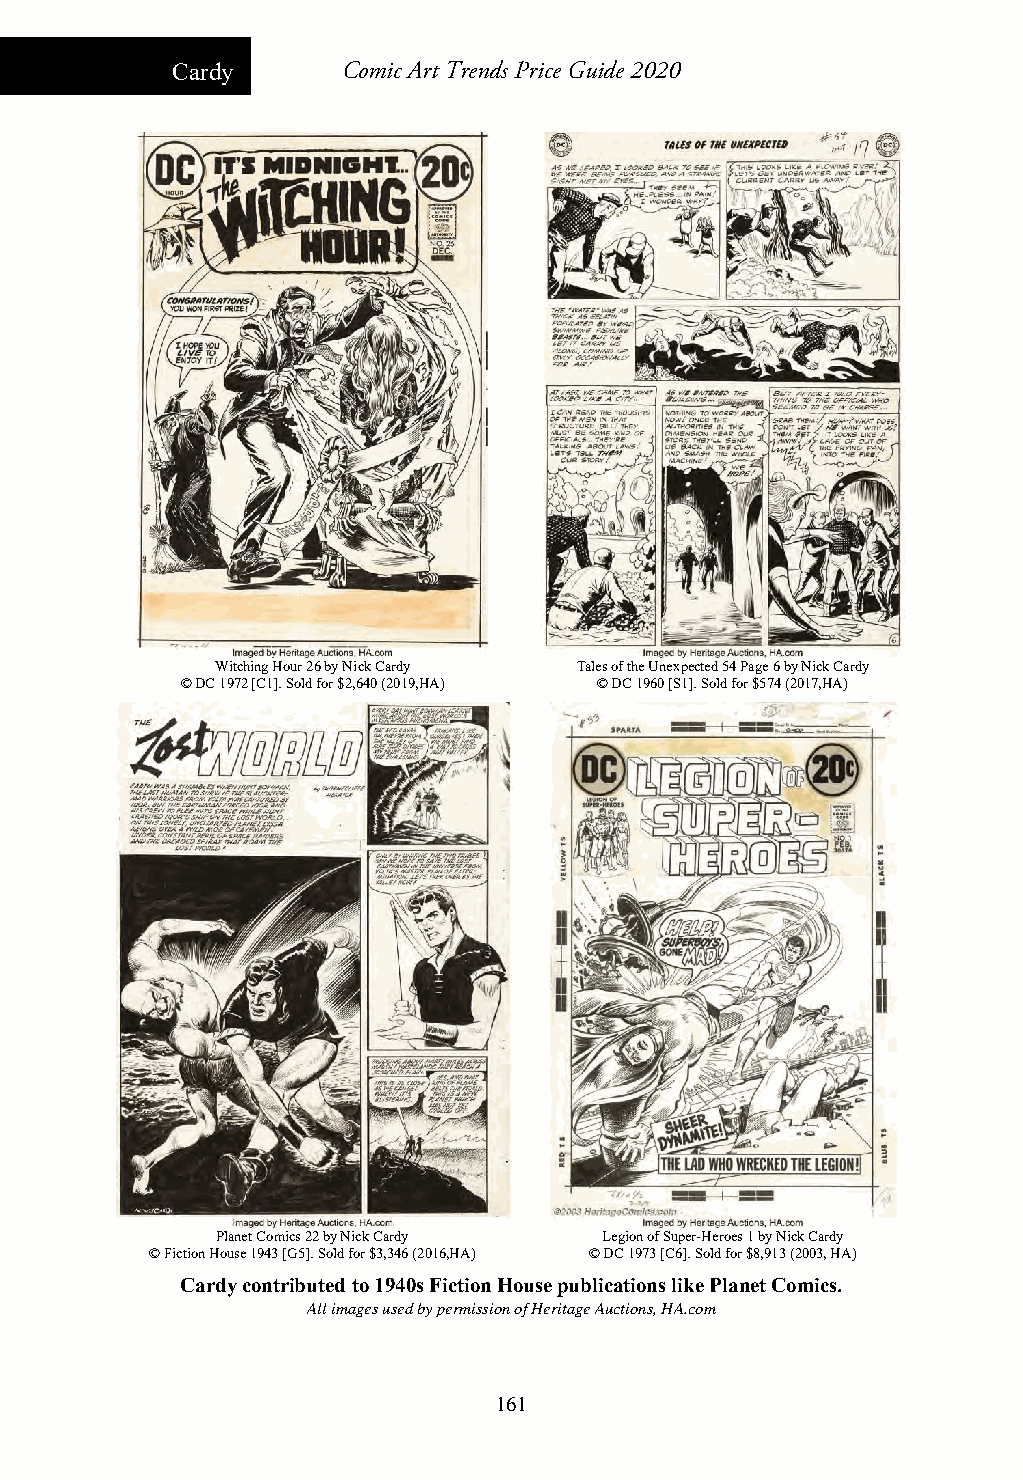
Cardy       Comic Art Trends Price Guide 2020
 Witching Hour 26 by Nick Cardy Tales of the Unexpected 54 Page 6 by Nick Cardy
 © DC 1972 [C1]. Sold for $2,640 (2019,HA) © DC 1960 [S1]. Sold for $574 (2017,HA)
 Planet Comics 22 by Nick Cardy Legion of Super-Heroes 1 by Nick Cardy
 © Fiction House 1943 [G5]. Sold for $3,346 (2016,HA) © DC 1973 [C6]. Sold for $8,913 (2003, HA)
 Cardy contributed to 1940s Fiction House publications like Planet Comics.
 All images used by permission of Heritage Auctions, HA.com
 161